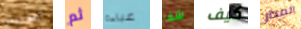
أعذريني ثم عباءة شفا كيف المدار